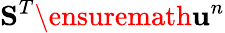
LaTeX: \mathbf{S}^{T}\ensuremath{\mathbf{u}}^{n}